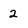
Character: 2